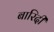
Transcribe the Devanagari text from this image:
बारिदी